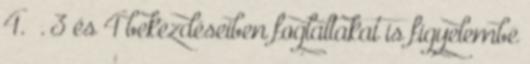
4. §. 3 és 4 bekezdéseiben foglaltakat is figyelembe